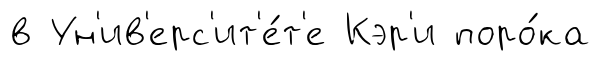
в Ун'ив'ерс'ит'е́т'е Кэр'и поро́ка